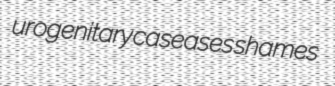
urogenitary caseases shames